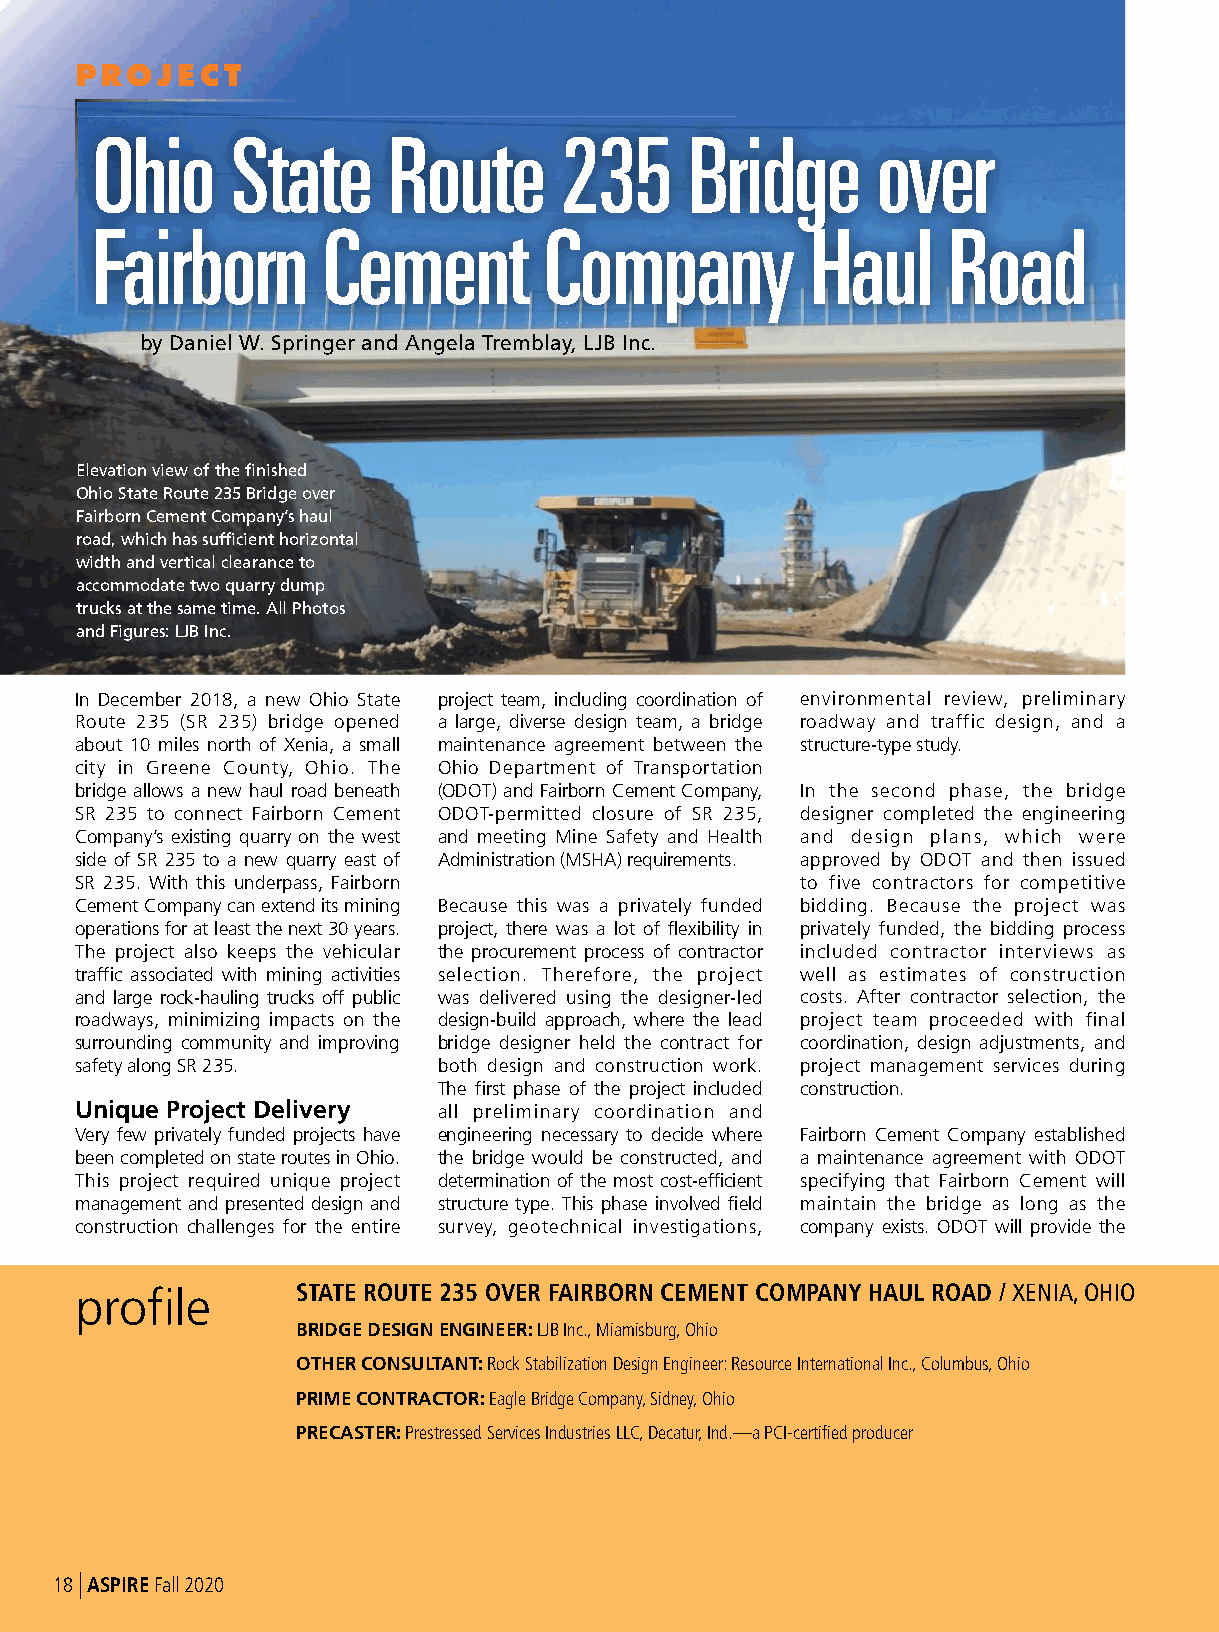
PROJECT
 Ohio     State      Route      235      Bridge      over
 Fairborn       Cement         Company           Haul     Road
 by Daniel W. Springer and Angela Tremblay, LJB Inc.
 Elevation view of the finished
 Ohio State Route 235 Bridge over
 Fairborn Cement Company’s haul
 road, which has sufficient horizontal
 width and vertical clearance to
 accommodate two quarry dump
 trucks at the same time. All Photos
 and Figures: LJB Inc.
 In December 2018, a new Ohio State project team, including coordination of environmental review, preliminary
 Route 235 (SR 235) bridge opened a large, diverse design team, a bridge roadway and traffic design, and a
 about 10 miles north of Xenia, a small maintenance agreement between the structure-type study.
 city in Greene County, Ohio. The Ohio Department of Transportation
 bridge allows a new haul road beneath (ODOT) and Fairborn Cement Company, In the second phase, the bridge
 SR 235 to connect Fairborn Cement ODOT-permitted closure of SR 235, designer completed the engineering
 Company’s existing quarry on the west and meeting Mine Safety and Health and design plans, which were
 side of SR 235 to a new quarry east of Administration (MSHA) requirements. approved by ODOT and then issued
 SR 235. With this underpass, Fairborn           to five contractors for competitive
 Cement Company can extend its mining Because this was a privately funded bidding. Because the project was
 operations for at least the next 30 years. project, there was a lot of flexibility in privately funded, the bidding process
 The project also keeps the vehicular the procurement process of contractor included contractor interviews as
 traffic associated with mining activities selection. Therefore, the project well as estimates of construction
 and large rock-hauling trucks off public was delivered using the designer-led costs. After contractor selection, the
 roadways, minimizing impacts on the design-build approach, where the lead project team proceeded with final
 surrounding community and improving bridge designer held the contract for coordination, design adjustments, and
 safety along SR 235.    both design and construction work. project management services during
 The first phase of the project included construction.
 Unique Project Delivery all preliminary coordination and
 Very few privately funded projects have engineering necessary to decide where Fairborn Cement Company established
 been completed on state routes in Ohio. the bridge would be constructed, and a maintenance agreement with ODOT
 This project required unique project determination of the most cost-efficient specifying that Fairborn Cement will
 management and presented design and structure type. This phase involved field maintain the bridge as long as the
 construction challenges for the entire survey, geotechnical investigations, company exists. ODOT will provide the
 profile        STATE ROUTE 235 OVER FAIRBORN CEMENT COMPANY HAUL ROAD / XENIA, OHIO
 BRIDGE DESIGN ENGINEER: LJB Inc., Miamisburg, Ohio
 OTHER CONSULTANT: Rock Stabilization Design Engineer: Resource International Inc., Columbus, Ohio
 PRIME CONTRACTOR: Eagle Bridge Company, Sidney, Ohio
 PRECASTER: Prestressed Services Industries LLC, Decatur, Ind.—a PCI-certified producer
 18|ASPIRE Fall 2020